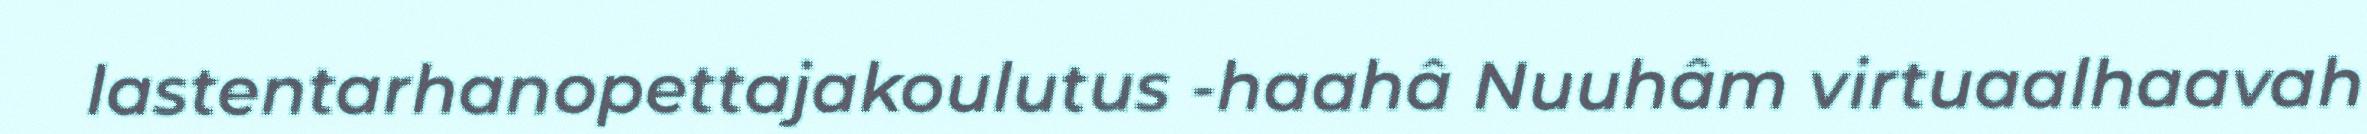
lastentarhanopettajakoulutus -haahâ Nuuhâm virtuaalhaavah